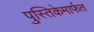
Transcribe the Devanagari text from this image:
पुस्तिकेमार्फत